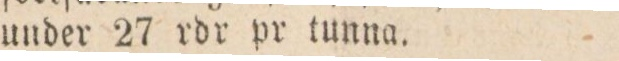
under 27 rdr pr tunna.